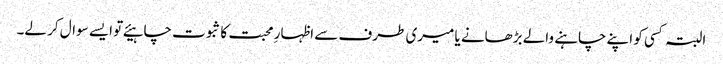
البتہ کسی کو اپنے چاہنے والے بڑھانے یا میری طرف سے اظہارِ محبت کا ثبوت چاہیئے تو ایسے سوال کر لے۔